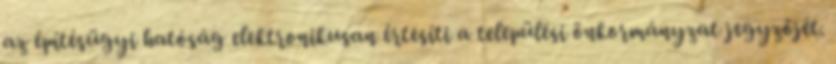
az építésügyi hatóság elektronikusan értesíti a települési önkormányzat jegyzőjét.